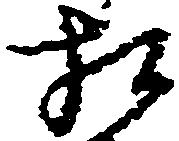
相